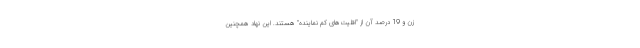
زن و 19 درصد آن از "اقلیت‌های کم نماینده‌" هستند. این نهاد همچنین